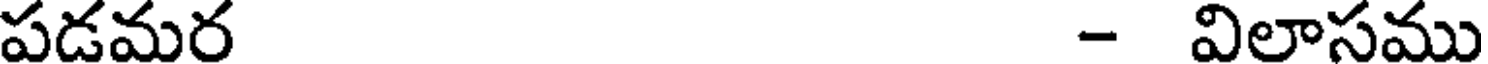
పడమర - విలాసము